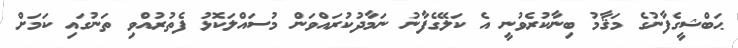
ޙަބްޝީގެފާނުގެ މަޤާމު ބިނާކުރެވުނީ އެ ކަލޭގެފާނު ނަމާދުކުރައްވަން މުސައްލަކޮޅު ފެތުރުއްވި ތަނުގައި ކަމަށް